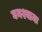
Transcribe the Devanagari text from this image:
घनश्यामः